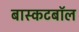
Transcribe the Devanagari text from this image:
बास्कटबॉल